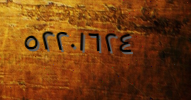
٥٢٢٠١٦٢٤